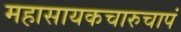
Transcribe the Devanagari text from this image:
महासायकचारुचापं